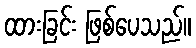
ထားခြင်း ဖြစ်ပေသည်။